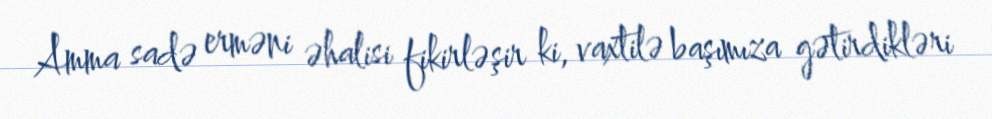
Amma sadə erməni əhalisi fikirləşir ki, vaxtilə başımıza gətirdikləri